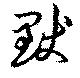
默